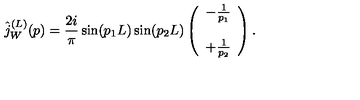
\hat { j } _ { W } ^ { ( L ) } ( p ) = \frac { 2 i } { \pi } \sin ( p _ { 1 } L ) \sin ( p _ { 2 } L ) \left( \begin{array} { c } { - \frac { 1 } { p _ { 1 } } } \\ { } \\ { + \frac { 1 } { p _ { 2 } } } \\ \end{array} \right) .